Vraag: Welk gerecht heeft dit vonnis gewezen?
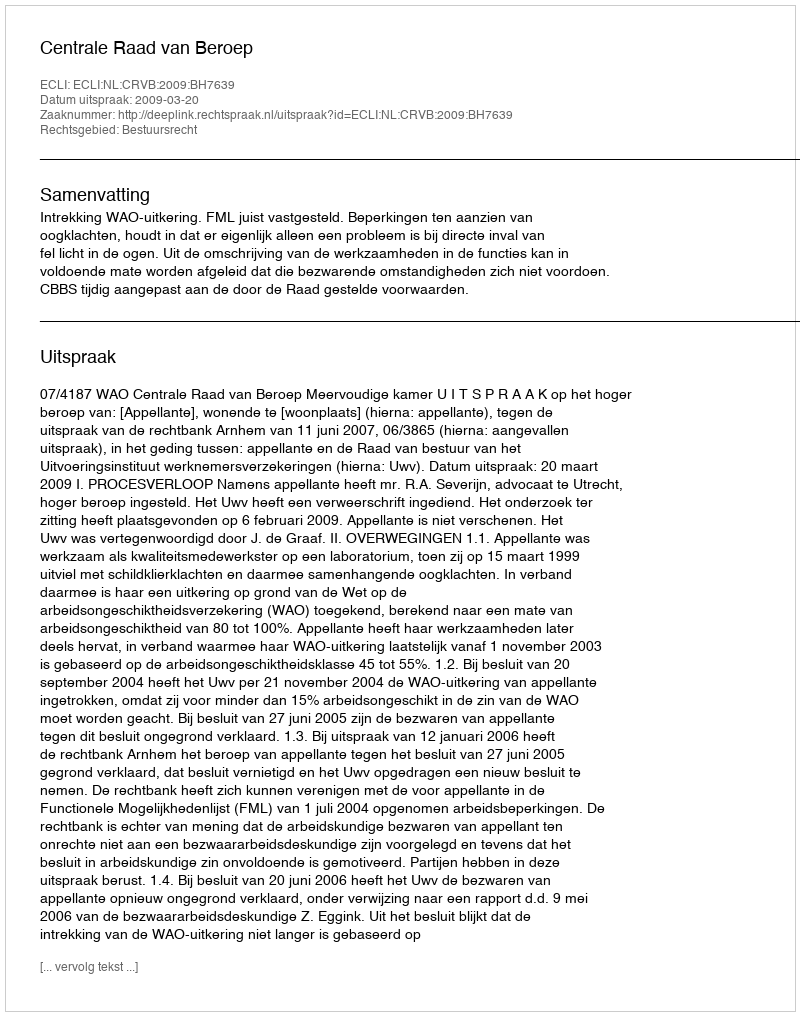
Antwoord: Centrale Raad van Beroep